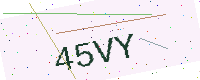
Text: 45VY